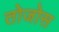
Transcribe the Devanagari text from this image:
तोजोस